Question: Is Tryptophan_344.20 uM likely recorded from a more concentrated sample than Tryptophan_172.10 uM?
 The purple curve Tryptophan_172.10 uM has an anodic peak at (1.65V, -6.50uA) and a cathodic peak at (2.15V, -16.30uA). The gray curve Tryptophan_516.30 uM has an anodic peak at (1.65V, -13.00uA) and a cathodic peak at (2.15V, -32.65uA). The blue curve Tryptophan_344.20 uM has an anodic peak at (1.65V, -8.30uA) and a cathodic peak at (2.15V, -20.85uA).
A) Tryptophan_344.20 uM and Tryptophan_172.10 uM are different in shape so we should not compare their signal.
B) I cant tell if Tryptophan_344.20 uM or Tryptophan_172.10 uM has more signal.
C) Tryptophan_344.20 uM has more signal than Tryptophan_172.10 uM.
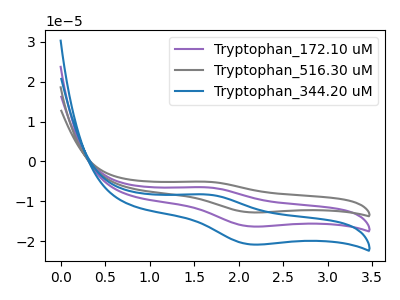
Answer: <think>All the peaks in "Tryptophan_344.20 uM" have a peak in "Tryptophan_172.10 uM" at the same potential.
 </think>
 <answer>B) I cant tell if "Tryptophan_344.20 uM" or "Tryptophan_172.10 uM" has more signal.</answer>
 <eval>B</eval>